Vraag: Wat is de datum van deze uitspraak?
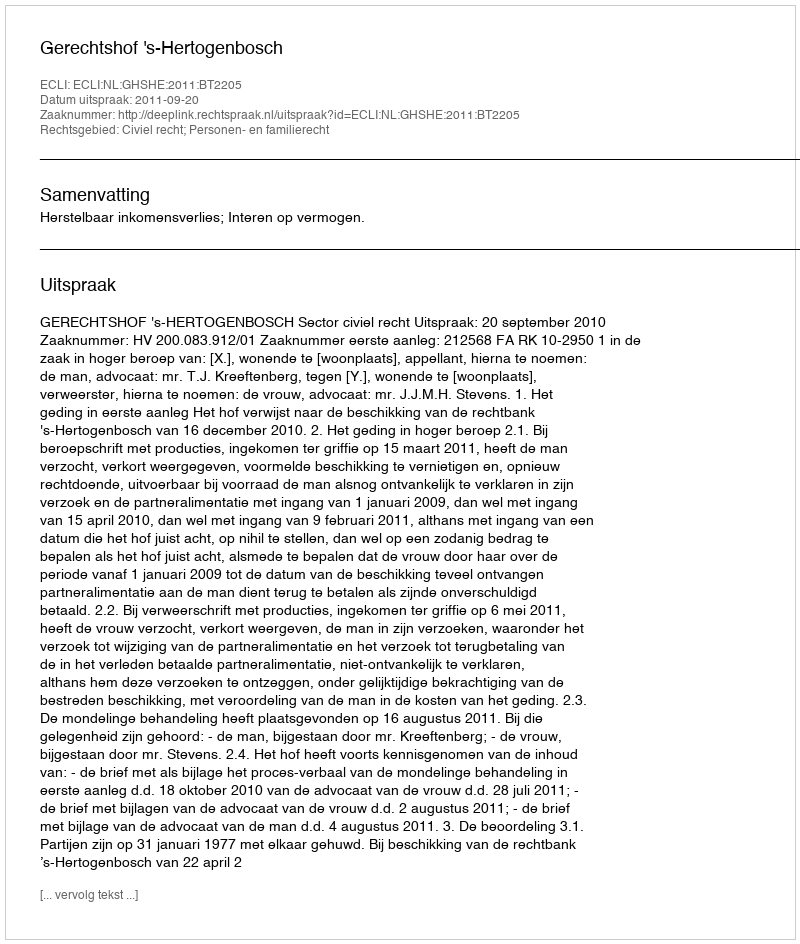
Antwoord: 2011-09-20